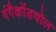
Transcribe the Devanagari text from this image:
गंगैकोंडचोल